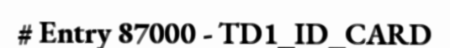
# Entry 87000 - TD1_ID_CARD